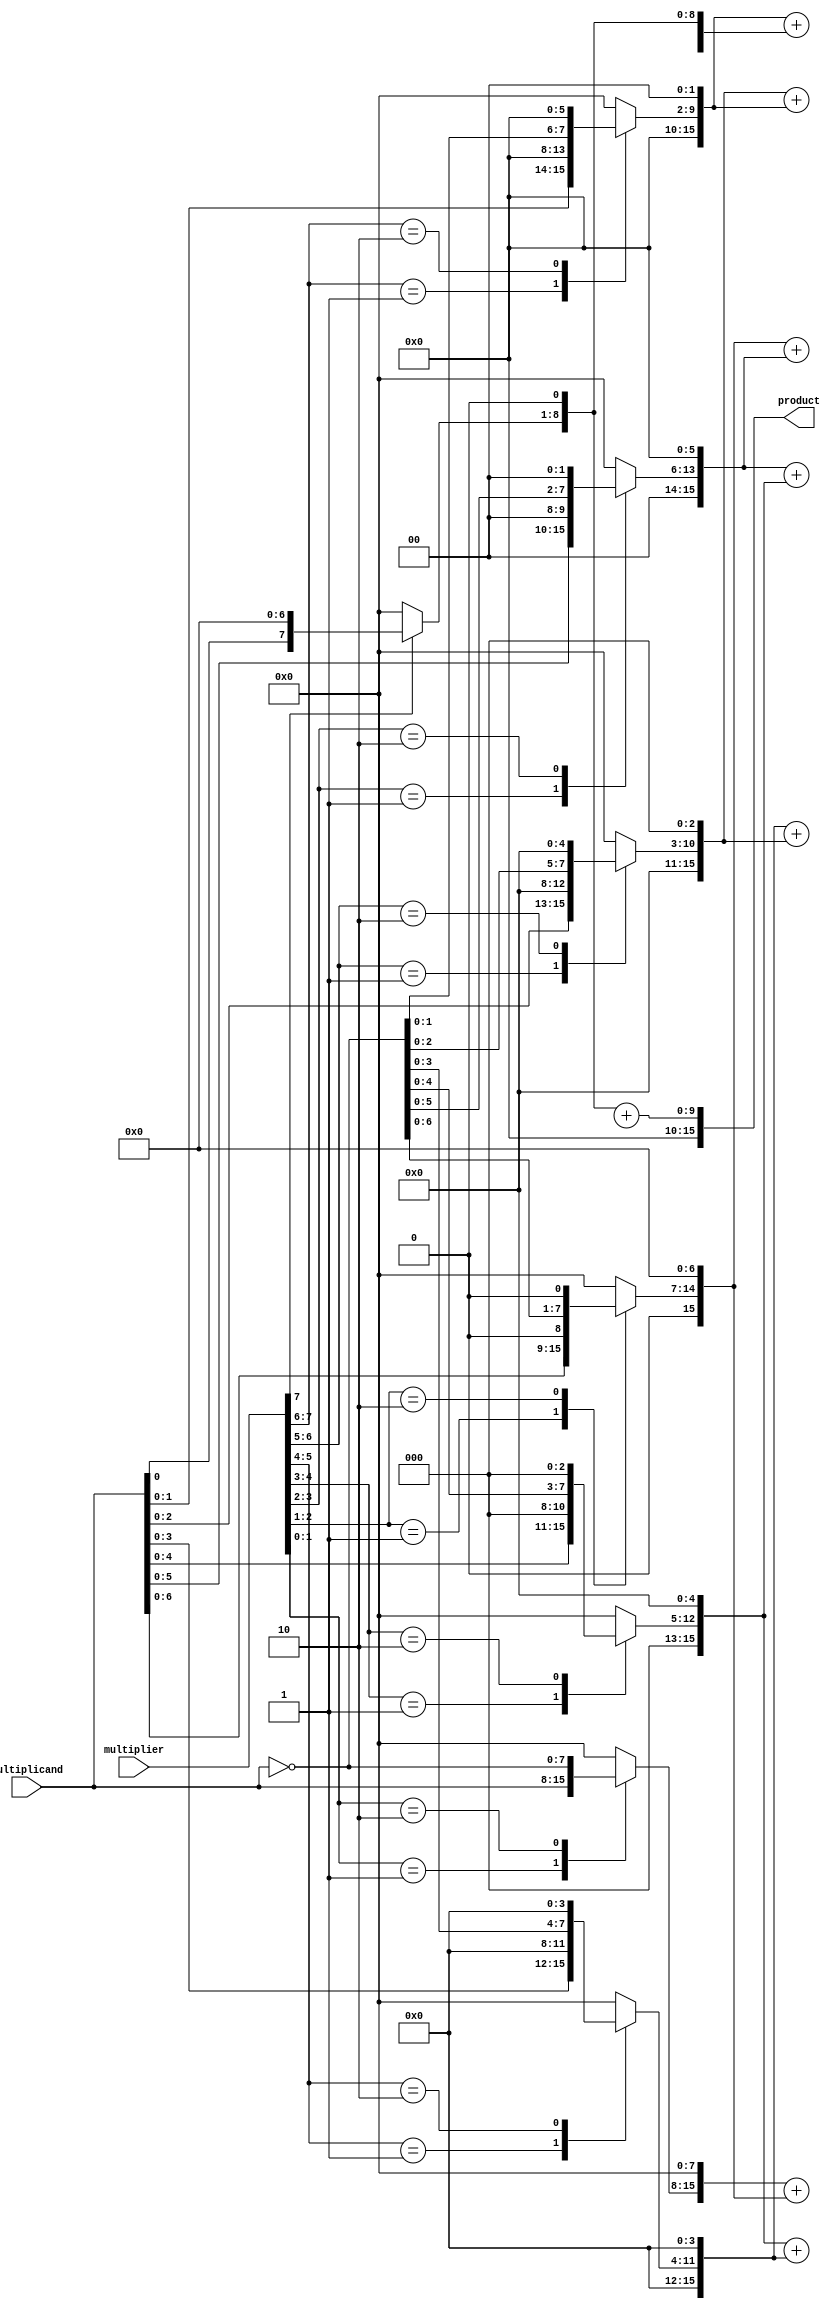
module BoothWallaceMultiplier #(parameter WIDTH = 8) (
    input signed [WIDTH-1:0] multiplicand,
    input signed [WIDTH-1:0] multiplier,
    output signed [2*WIDTH-1:0] product
);
    reg [WIDTH-1:0] pp [0:WIDTH]; // Partial products
    reg [WIDTH:0] booth_multiplier; // Extended multiplier for Booth's algorithm
    reg [WIDTH-1:0] encoded_multiplicand; // Encoded multiplicand
    integer i;

    // Booth Encoding
    always @(*) begin
        booth_multiplier = {1'b0, multiplier}; // Extend multiplier for encoding
        encoded_multiplicand = multiplicand;
        
        // Initialize partial products to zero
        for (i = 0; i < WIDTH; i = i + 1) begin
            pp[i] = 0;
        end
        
        // Generate partial products based on Booth's encoding
        for (i = 1; i <= WIDTH; i = i + 1) begin
            case (booth_multiplier[i-1:i])
                2'b01: pp[i-1] = encoded_multiplicand << (i-1); // Add multiplicand
                2'b10: pp[i-1] = ~encoded_multiplicand << (i-1); // Subtract multiplicand
                default: pp[i-1] = 0; // No operation
            endcase
        end
    end

    // Wallace Tree Reduction
    wire [2*WIDTH-1:0] sum [0:WIDTH]; // Intermediate sums
    wire [WIDTH:0] carry [0:WIDTH]; // Carry bits

    // Initialize sums with partial products
    assign sum[0] = {pp[0], {WIDTH{1'b0}}}; // First partial product
    genvar j;
    generate
        for (j = 1; j < WIDTH; j = j + 1) begin
            assign sum[j] = {pp[j], {WIDTH-j{1'b0}}}; // Align partial products
        end
    endgenerate

    // Wallace Tree Summation
    integer k;
    always @(*) begin
        for (k = 0; k < WIDTH-1; k = k + 1) begin
            {carry[k], sum[k+1]} = sum[k] + sum[k+1]; // Reduce pairs
        end
    end

    // Final addition
    wire [2*WIDTH-1:0] final_sum;
    assign final_sum = sum[WIDTH-1] + carry[WIDTH-1];

    // Output the final product
    assign product = final_sum;

endmodule